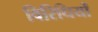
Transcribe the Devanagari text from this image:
विरिधियों